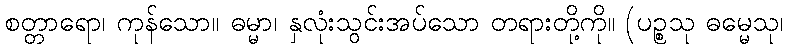
စတ္တာရော၊ ကုန်သော။ ဓမ္မာ၊ နှလုံးသွင်းအပ်သော တရားတို့ကို။ (ပဉ္စသု ဓမ္မေသု၊